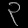
Digit: ၃